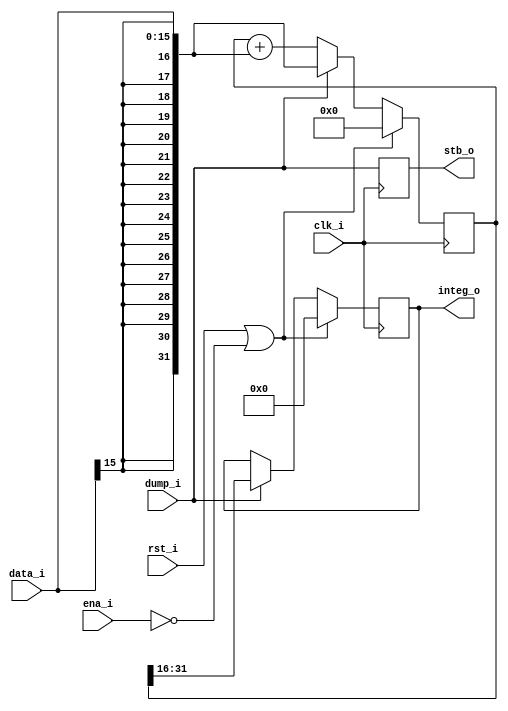
module integrate
  #(parameter INPUTW = 16,
    parameter ACCUMW = 32,
    parameter OUTPUTW = 16)

   (input clk_i,
    input rst_i,
    input ena_i,

    input dump_i,
    input [INPUTW-1:0] data_i,

    output reg stb_o,
    output reg [OUTPUTW-1:0] integ_o
   );
   
   wire [ACCUMW-1:0] data_ext = {{ACCUMW-INPUTW{data_i[INPUTW-1]}},data_i};
   reg  [ACCUMW-1:0] accum;

   always @(posedge clk_i)
     if (rst_i | ~ena_i)
       begin
	  accum <= 0;
	  integ_o <= 0;
       end
     else
       if (dump_i)
	 begin
	    integ_o <= accum[ACCUMW-1:ACCUMW-OUTPUTW];
	    accum <= data_ext;
	 end
       else
	 accum <= accum + data_ext;

   always @(posedge clk_i)
     stb_o <= dump_i;
   
endmodule // integrate